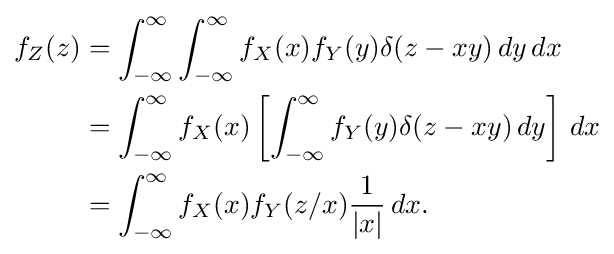
{\begin{aligned}f_{Z}(z)&=\int _{-\infty }^{\infty }\int _{-\infty }^{\infty }f_{X}(x)f_{Y}(y)\delta (z-xy)\,dy\,dx\\&=\int _{-\infty }^{\infty }f_{X}(x)\left[\int _{-\infty }^{\infty }f_{Y}(y)\delta (z-xy)\,dy\right]\,dx\\&=\int _{-\infty }^{\infty }f_{X}(x)f_{Y}(z/x){\frac {1}{|x|}}\,dx.\end{aligned}}